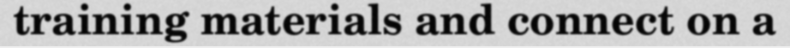
training materials and connect on a